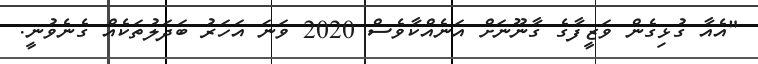
"އެއާ ގުޅިގެން ވަޒީފާގެ ގާނޫނަށް އަނެއްކާވެސް 2020 ވަނަ އަހަރު ބަދަލުތަކެއް ގެނެވުނީ.